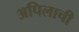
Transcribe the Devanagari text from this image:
अपिलाची